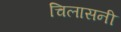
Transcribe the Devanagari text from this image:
चिलासनी